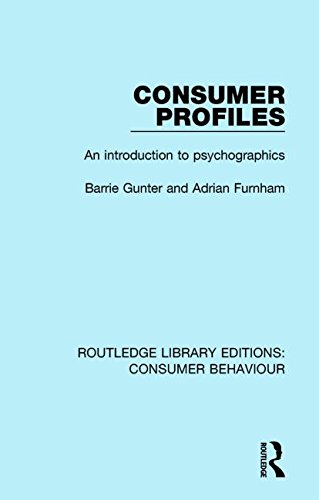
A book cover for Routledge Library Editions: Consumer Behaviour: Consumer Profiles (RLE Consumer Behaviour): An introduction to psychographics; Barrie Gunter; Medical Books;